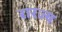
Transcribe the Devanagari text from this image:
रारज्य